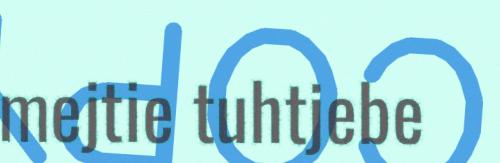
mejtie tuhtjebe